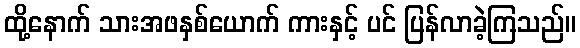
ထို့နောက် သားအဖနှစ်ယောက် ကားနှင့် ပင် ပြန်လာခဲ့ကြသည်။